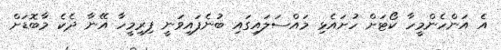
އެ އަންހެންމީހާ ކޯޓަށް ހުށައެޅި މައްސަލައިގައި ބުނެފައިވަނީ ފިރިމީހާ އޭނާ ދެކެ މާބޮޑަށް